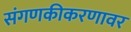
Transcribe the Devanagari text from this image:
संगणकीकरणावर